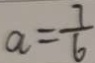
a = \frac { 7 } { 6 }